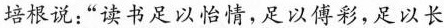
培根说：”读书足以怡情，足以傅彩，足以长